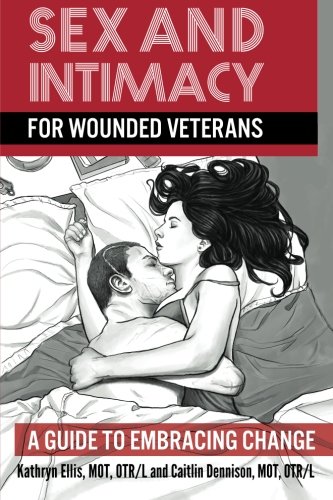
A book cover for Sex and Intimacy for Wounded Veterans: A Guide to Embracing Change; Kathryn Ellis; Parenting & Relationships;